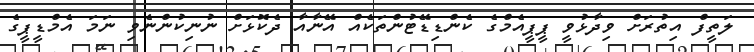
ލަތީފް އިތުރަށް ވިދާޅުވީ ޕީޕީއެމްގެ ކެންޑިޑޭޓުންތަކެއް އޭނާއާ ދެކޮޅަށް ނުނިކުންނެވި ނަމަ އެމްޑީޕީގެ